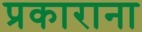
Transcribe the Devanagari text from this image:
प्रकाराना